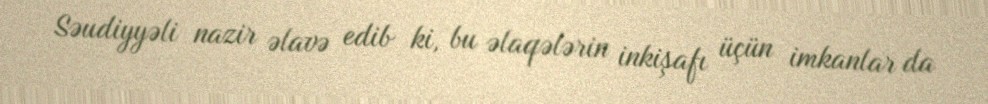
Səudiyyəli nazir əlavə edib ki, bu əlaqələrin inkişafı üçün imkanlar da